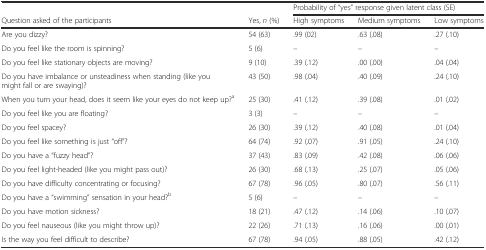
|  |  | <COLSPAN=3> Probability of “yes” response given latent class (SE) |
 | Question asked of the participants | Yes, n (%) | High symptoms | Medium symptoms | Low symptoms |
 | --- | --- | --- | --- | --- |
 | Are you dizzy? | 54 (63) | .99 (02) | .63 (.08) | .27 (.10) |
 | Do you feel like the room is spinning? | 5 (6) | – | – | – |
 | Do you feel like stationary objects are moving? | 9 (10) | .39 (.12) | .00 (.00) | .04 (.04) |
 | Do you have imbalance or unsteadiness when standing (like you might fall or are swaying)? | 43 (50) | .98 (.04) | .40 (.09) | .24 (.10) |
 | When you turn your head, does it seem like your eyes do not keep up?a | 25 (30) | .41 (.12) | .39 (.08) | .01 (.02) |
 | Do you feel like you are floating? | 3 (3) | – | – | – |
 | Do you feel spacey? | 26 (30) | .39 (.12) | .40 (.08) | .01 (.04) |
 | Do you feel like something is just “off”? | 64 (74) | .92 (.07) | .91 (.05) | .24 (.10) |
 | Do you have a “fuzzy head”? | 37 (43) | .83 (.09) | .42 (.08) | .06 (.06) |
 | Do you feel light-headed (like you might pass out)? | 26 (30) | .68 (.13) | .25 (.07) | .05 (.06) |
 | Do you have difficulty concentrating or focusing? | 67 (78) | .96 (.05) | .80 (.07) | .56 (.11) |
 | Do you have a “swimming” sensation in your head?b | 5 (6) | – | – | – |
 | Do you have motion sickness? | 18 (21) | .47 (.12) | .14 (.06) | .10 (.07) |
 | Do you feel nauseous (like you might throw up)? | 22 (26) | .71 (.13) | .16 (.06) | .00 (.01) |
 | Is the way you feel difficult to describe? | 67 (78) | .94 (.05) | .88 (.05) | .42 (.12) |